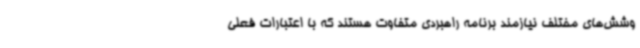
وشش‌های مختلف نیازمند برنامه راهبردی متفاوت هستند که با اعتبارات فعلی